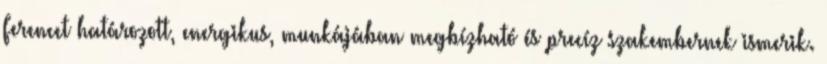
Ferencet határozott, energikus, munkájában megbízható és precíz szakembernek ismerik.